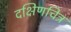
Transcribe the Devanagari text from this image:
दक्षिणचित्र